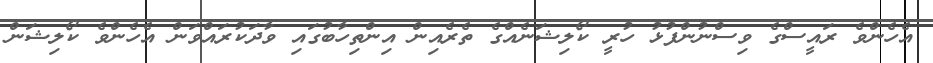
އެހެންވެ ރައީސްގެ ވިސްނުންފުޅު ހުރީ ކޯލިޝަނެއްގެ ތެރެއިން އިންތިހާބުގައި ވާދަކުރައްވަން އެހެންވެ ކޯލިޝަން